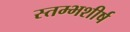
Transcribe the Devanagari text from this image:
स्तम्भशीर्ष